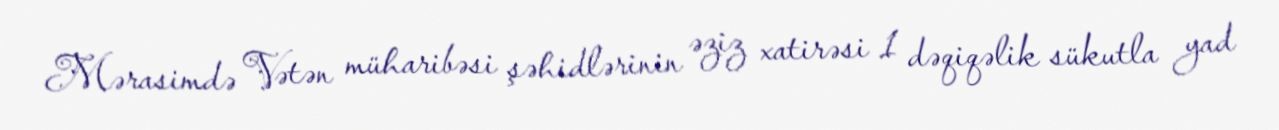
Mərasimdə Vətən müharibəsi şəhidlərinin əziz xatirəsi 1 dəqiqəlik sükutla yad